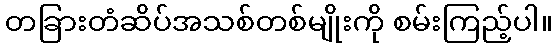
တခြားတံဆိပ်အသစ်တစ်မျိုးကို စမ်းကြည့်ပါ။